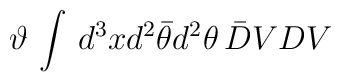
\vartheta \, \int \, d^3x d^2 \bar{\theta} d^2\theta \, \bar{D}V D V